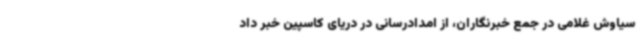
سیاوش غلامی در جمع خبرنگاران، از امدادرسانی در دریای کاسپین خبر داد